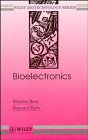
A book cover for Bioelectronics; Stephen Bone; Science & Math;